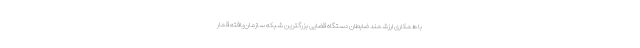
با همکاری ارزشمند ضابطان دستگاه قضایی بزرگترین شبکه سازمان‌یافته قمار